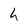
Character: h